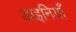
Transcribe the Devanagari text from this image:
डाइनियाँ